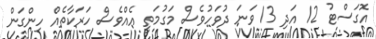
އޮގަސްޓު 12 އަދި 13 ވަނަ ދުވަހުވެސް މަގުމަތީ އެއްވެސް ހަރަކާތެއް ހިންގަން